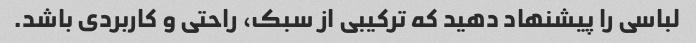
لباسی را پیشنهاد دهید که ترکیبی از سبک، راحتی و کاربردی باشد.